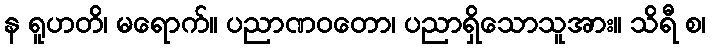
န ရူဟတိ၊ မရောက်။ ပညာဏဝတော၊ ပညာရှိသောသူအား။ သိရီ စ၊